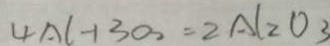
4 A l + 3 O _ { 2 } = 2 l _ { 2 } O _ { 3 }